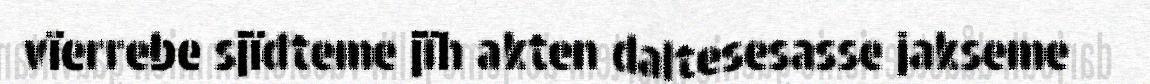
vïerrebe sjïdteme jïh akten daltesesasse jakseme